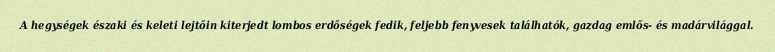
A hegységek északi és keleti lejtőin kiterjedt lombos erdőségek fedik, feljebb fenyvesek találhatók, gazdag emlős- és madárvilággal.